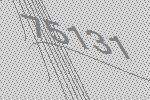
75131